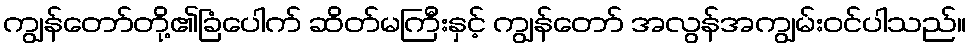
ကျွန်တော်တို့၏ခြံပေါက် ဆိတ်မကြီးနှင့် ကျွန်တော် အလွန်အကျွမ်းဝင်ပါသည်။